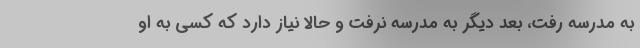
به مدرسه رفت، بعد دیگر به مدرسه نرفت و حالا نیاز دارد که کسی به او